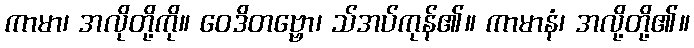
ကာမာ၊ အလိုတို့ကို။ ဝေဒိတဗ္ဗော၊ သ်အပ်ကုန်၏။ ကာမာနံ၊ အလို့တို့၏။